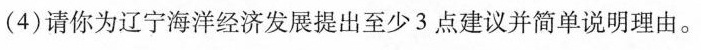
(4)请你为辽宁海洋经济发展提出至少3点建议并简单说明理由。